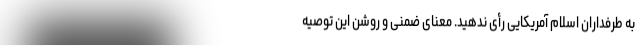
به طرفداران اسلام آمریکایی رأی ندهید. معنای ضمنی و روشن این توصیه